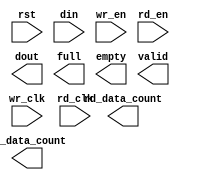
module fifo_w64_512_r16_2048(
	rst,
	wr_clk,
	rd_clk,
	din,
	wr_en,
	rd_en,
	dout,
	full,
	empty,
	valid,
	rd_data_count,
	wr_data_count);


input rst;
input wr_clk;
input rd_clk;
input [63 : 0] din;
input wr_en;
input rd_en;
output [15 : 0] dout;
output full;
output empty;
output valid;
output [10 : 0] rd_data_count;
output [8 : 0] wr_data_count;

// synthesis translate_off

      FIFO_GENERATOR_V6_2 #(
		.C_COMMON_CLOCK(0),
		.C_COUNT_TYPE(0),
		.C_DATA_COUNT_WIDTH(9),
		.C_DEFAULT_VALUE("BlankString"),
		.C_DIN_WIDTH(64),
		.C_DOUT_RST_VAL("0"),
		.C_DOUT_WIDTH(16),
		.C_ENABLE_RLOCS(0),
		.C_ENABLE_RST_SYNC(1),
		.C_ERROR_INJECTION_TYPE(0),
		.C_FAMILY("spartan6"),
		.C_FULL_FLAGS_RST_VAL(1),
		.C_HAS_ALMOST_EMPTY(0),
		.C_HAS_ALMOST_FULL(0),
		.C_HAS_BACKUP(0),
		.C_HAS_DATA_COUNT(0),
		.C_HAS_INT_CLK(0),
		.C_HAS_MEMINIT_FILE(0),
		.C_HAS_OVERFLOW(0),
		.C_HAS_RD_DATA_COUNT(1),
		.C_HAS_RD_RST(0),
		.C_HAS_RST(1),
		.C_HAS_SRST(0),
		.C_HAS_UNDERFLOW(0),
		.C_HAS_VALID(1),
		.C_HAS_WR_ACK(0),
		.C_HAS_WR_DATA_COUNT(1),
		.C_HAS_WR_RST(0),
		.C_IMPLEMENTATION_TYPE(2),
		.C_INIT_WR_PNTR_VAL(0),
		.C_MEMORY_TYPE(1),
		.C_MIF_FILE_NAME("BlankString"),
		.C_MSGON_VAL(1),
		.C_OPTIMIZATION_MODE(0),
		.C_OVERFLOW_LOW(0),
		.C_PRELOAD_LATENCY(1),
		.C_PRELOAD_REGS(0),
		.C_PRIM_FIFO_TYPE("512x72"),
		.C_PROG_EMPTY_THRESH_ASSERT_VAL(2),
		.C_PROG_EMPTY_THRESH_NEGATE_VAL(3),
		.C_PROG_EMPTY_TYPE(0),
		.C_PROG_FULL_THRESH_ASSERT_VAL(509),
		.C_PROG_FULL_THRESH_NEGATE_VAL(508),
		.C_PROG_FULL_TYPE(0),
		.C_RD_DATA_COUNT_WIDTH(11),
		.C_RD_DEPTH(2048),
		.C_RD_FREQ(1),
		.C_RD_PNTR_WIDTH(11),
		.C_UNDERFLOW_LOW(0),
		.C_USE_DOUT_RST(1),
		.C_USE_ECC(0),
		.C_USE_EMBEDDED_REG(0),
		.C_USE_FIFO16_FLAGS(0),
		.C_USE_FWFT_DATA_COUNT(0),
		.C_VALID_LOW(0),
		.C_WR_ACK_LOW(0),
		.C_WR_DATA_COUNT_WIDTH(9),
		.C_WR_DEPTH(512),
		.C_WR_FREQ(1),
		.C_WR_PNTR_WIDTH(9),
		.C_WR_RESPONSE_LATENCY(1))
	inst (
		.RST(rst),
		.WR_CLK(wr_clk),
		.RD_CLK(rd_clk),
		.DIN(din),
		.WR_EN(wr_en),
		.RD_EN(rd_en),
		.DOUT(dout),
		.FULL(full),
		.EMPTY(empty),
		.VALID(valid),
		.RD_DATA_COUNT(rd_data_count),
		.WR_DATA_COUNT(wr_data_count),
		.BACKUP(),
		.BACKUP_MARKER(),
		.CLK(),
		.SRST(),
		.WR_RST(),
		.RD_RST(),
		.PROG_EMPTY_THRESH(),
		.PROG_EMPTY_THRESH_ASSERT(),
		.PROG_EMPTY_THRESH_NEGATE(),
		.PROG_FULL_THRESH(),
		.PROG_FULL_THRESH_ASSERT(),
		.PROG_FULL_THRESH_NEGATE(),
		.INT_CLK(),
		.INJECTDBITERR(),
		.INJECTSBITERR(),
		.ALMOST_FULL(),
		.WR_ACK(),
		.OVERFLOW(),
		.ALMOST_EMPTY(),
		.UNDERFLOW(),
		.DATA_COUNT(),
		.PROG_FULL(),
		.PROG_EMPTY(),
		.SBITERR(),
		.DBITERR());


// synthesis translate_on

// XST black box declaration
// box_type "black_box"
// synthesis attribute box_type of fifo_w64_512_r16_2048 is "black_box"

endmodule